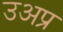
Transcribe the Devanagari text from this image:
उअप्र